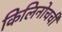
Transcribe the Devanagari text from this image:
किलिनोचची